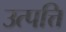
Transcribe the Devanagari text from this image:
उत्‍पत्ति